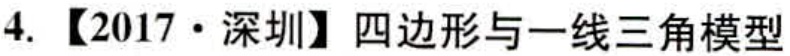
4. 【2017·深圳】四边形与一线三角模型